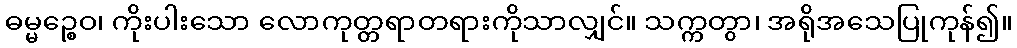
ဓမ္မဉ္စေဝ၊ ကိုးပါးသော လောကုတ္တရာတရားကိုသာလျှင်။ သက္ကတွာ၊ အရိုအသေပြုကုန်၍။